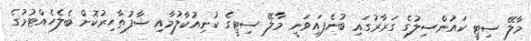
މާލޭ ސިޓީ ކައުންސިލުގެ ގަރާރުގައި ބުނެފައިވަނީ މާލޭ ސިޓީގެ ކުނިއުކާލުމާއި ސާފުތާހިރުކޮށް ބެލެހެއްޓުމުގެ